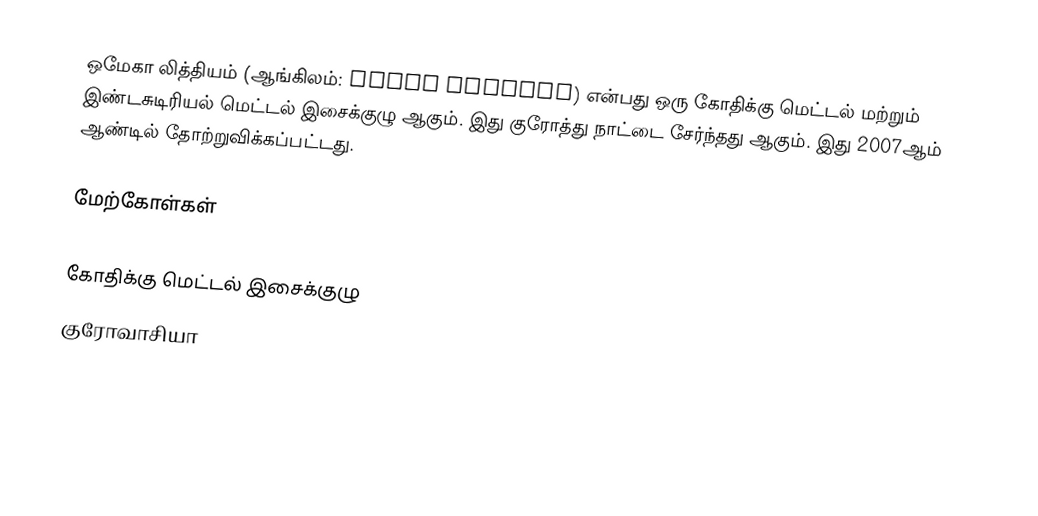
ஒமேகா லித்தியம் (ஆங்கிலம்: Omega Lithium) என்பது ஒரு கோதிக்கு மெட்டல் மற்றும் இண்டசுடிரியல் மெட்டல் இசைக்குழு ஆகும். இது குரோத்து நாட்டை சேர்ந்தது ஆகும். இது 2007ஆம் ஆண்டில் தோற்றுவிக்கப்பட்டது.

மேற்கோள்கள்

கோதிக்கு மெட்டல் இசைக்குழு
குரோவாசியா